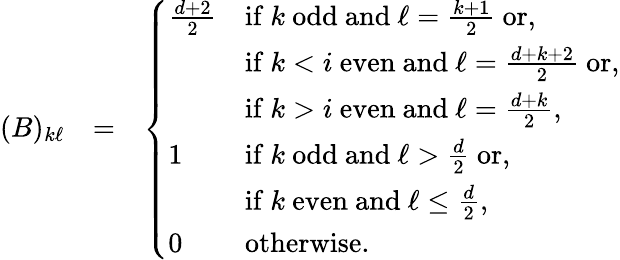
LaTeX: \begin{array}{rlr}{(B)_{k\ell}}&{=}&{\left\{ \begin{array}{ll}{\frac{d+2}{2}}&{\mathrm{if~}k\mathrm{~odd~and~}\ell=\frac{k+1}{2}\mathrm{~or},}\\ &{\mathrm{if~}k<i\mathrm{~even~and~}\ell=\frac{d+k+2}{2}\mathrm{~or},}\\ &{\mathrm{if~}k>i\mathrm{~even~and~}\ell=\frac{d+k}{2},}\\ {1}&{\mathrm{if~}k\mathrm{~odd~and~}\ell>\frac{d}{2}\mathrm{~or,}}\\ &{\mathrm{if~}k\mathrm{~even~and~}\ell\le\frac{d}{2},}\\ {0}&{\mathrm{otherwise.~}}\end{array}\right.}\end{array}